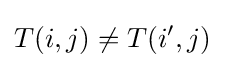
T(i,j)\neq T(i',j)